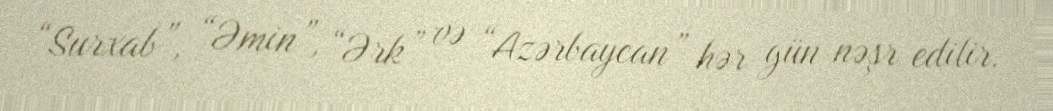
“Surxab”, “Əmin”, “Ərk” və “Azərbaycan” hər gün nəşr edilir.